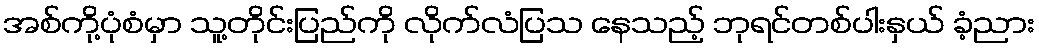
အစ်ကို့ပုံစံမှာ သူ့တိုင်းပြည်ကို လိုက်လံပြသ နေသည့် ဘုရင်တစ်ပါးနှယ် ခံ့ညား